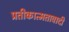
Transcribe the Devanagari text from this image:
प्रतीकात्मतावादी